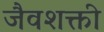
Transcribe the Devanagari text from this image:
जैवशक्ती